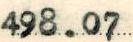
498.07